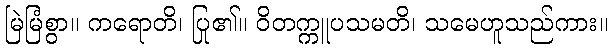
မြဲမြံစွာ။ ကရောတိ၊ ပြု၏။ ဝိတက္ကူပသမတိ၊ သမေဟူသည်ကား။